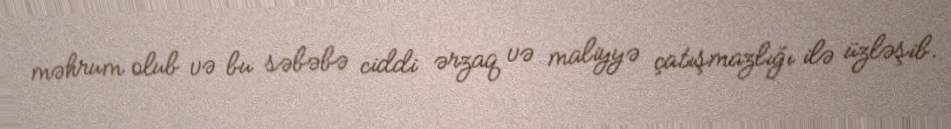
məhrum olub və bu səbəbə ciddi ərzaq və maliyyə çatışmazlığı ilə üzləşib.